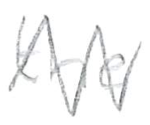
Text: the
Cross-out: mix
Writing tool: pencil